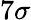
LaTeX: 7\sigma